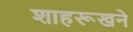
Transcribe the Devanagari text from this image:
शाहरूखने